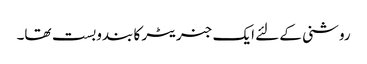
روشنی کے لئے ایک جنریٹر کا بندوبست تھا۔